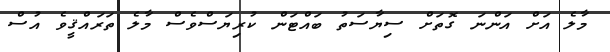
މާލެ އަށް އަންނަ ގޮތަށް ސިޔާސަތު ބައްޓަން ކުރިޔަސްވެސް މާލެ ތަރައްޤީވެ އުސް